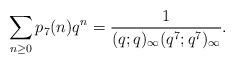
\begin{align*}\sum_{n\ge 0}p_7(n)q^n=\frac{1}{(q;q)_\infty(q^7;q^7)_\infty}.\end{align*}